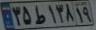
۳۵ط۱۳۸۱۹